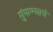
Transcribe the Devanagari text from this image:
गुंफण्याचे